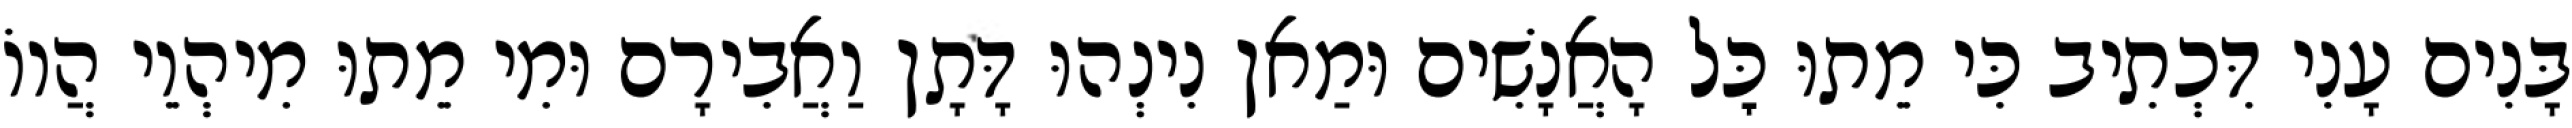
בָּנִים עָנִי דִּכְתִיב כִּי מֵתוּ כׇּל הָאֲנָשִׁים וּמַאן נִינְהוּ דָּתָן וַאֲבִירָם וּמִי מֵתוּ מִיהְוֵי הֲווֹ